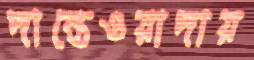
দান্তেওয়াদায়